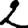
Digit: 2